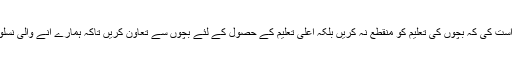
انہوں والدین سے درخواست کی کہ بچوں کی تعلیم کو منقطع نہ کریں بلکہ اعلی تعلیم کے حصول کے لئے بچوں سے تعاون کریں تاکہ ہمارے آنے والی نسلوں کا مستقبل تابناک ہو۔